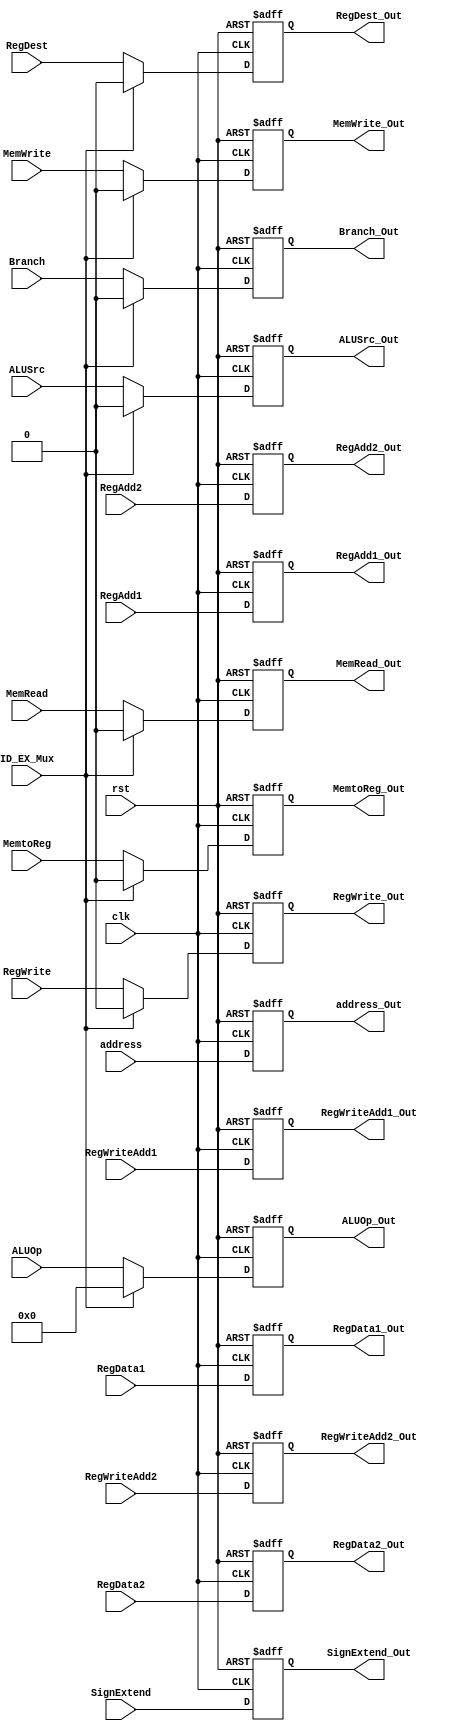
module ID_EX_Reg(input clk, input rst, input ID_EX_Mux,
	input RegWrite, input MemtoReg, 
	input Branch, input MemRead, input MemWrite, 
	input RegDest, input [5:0] ALUOp, input ALUSrc,
	input [31:0] address, input [31:0] RegData1, input [31:0] RegData2, input [31:0] SignExtend, 
	input [4:0] RegWriteAdd1, input [4:0] RegWriteAdd2,
	input [4:0] RegAdd1, input [4:0] RegAdd2,
	output RegWrite_Out, output MemtoReg_Out, 
	output Branch_Out, output MemRead_Out, output MemWrite_Out, 
	output RegDest_Out, output [5:0] ALUOp_Out, output ALUSrc_Out,
	output [31:0] address_Out, output [31:0] RegData1_Out, output [31:0] RegData2_Out, output [31:0] SignExtend_Out, 
	output [4:0] RegWriteAdd1_Out, output [4:0] RegWriteAdd2_Out,
	output [4:0] RegAdd1_Out, output [4:0] RegAdd2_Out);
	
	reg RegWrite_Reg;
	reg MemtoReg_Reg;
	reg Branch_Reg;
	reg MemRead_Reg;
	reg MemWrite_Reg;
	reg RegDest_Reg; 
	reg [5:0] ALUOp_Reg; 
	reg ALUSrc_Reg;
	reg [31:0] address_Reg; 
	reg [31:0] RegData1_Reg; 
	reg [31:0] RegData2_Reg; 
	reg [31:0] SignExtend_Reg; 
	reg [4:0] RegWriteAdd1_Reg; 
	reg [4:0] RegWriteAdd2_Reg;
	reg [4:0] RegAdd1_Reg;
	reg [4:0] RegAdd2_Reg;
	
	assign RegWrite_Out = RegWrite_Reg; 
	assign MemtoReg_Out = MemtoReg_Reg; 
	assign Branch_Out = Branch_Reg; 
	assign MemRead_Out = MemRead_Reg; 
	assign MemWrite_Out = MemWrite_Reg; 
	assign RegDest_Out = RegDest_Reg; 
	assign ALUOp_Out = ALUOp_Reg; 
	assign ALUSrc_Out = ALUSrc_Reg;
	assign address_Out = address_Reg; 
	assign RegData1_Out = RegData1_Reg; 
	assign RegData2_Out = RegData2_Reg; 
	assign SignExtend_Out = SignExtend_Reg; 
	assign RegWriteAdd1_Out = RegWriteAdd1_Reg; 
	assign RegWriteAdd2_Out = RegWriteAdd2_Reg;
	assign RegAdd1_Out = RegAdd1_Reg;
	assign RegAdd2_Out = RegAdd2_Reg;
	
	always@(negedge clk, posedge rst)
	begin
		if(rst)
		begin
			RegWrite_Reg <= 0;
			MemtoReg_Reg <= 0;
			Branch_Reg <= 0;
			MemRead_Reg <= 0;
			MemWrite_Reg <= 0;
			RegDest_Reg <= 0; 
			ALUOp_Reg <= 0; 
			ALUSrc_Reg <= 0;
			address_Reg <= 0; 
			RegData1_Reg <= 0; 
			RegData2_Reg <= 0; 
			SignExtend_Reg <= 0; 
			RegWriteAdd1_Reg <= 0; 
			RegWriteAdd2_Reg <= 0;
			RegAdd1_Reg <= 0;
			RegAdd2_Reg <= 0;
		end
		else
		begin
			RegWrite_Reg 		<= ID_EX_Mux ? 0 : RegWrite;
			MemtoReg_Reg 		<= ID_EX_Mux ? 0 : MemtoReg;
			Branch_Reg 			<= ID_EX_Mux ? 0 : Branch;
			MemRead_Reg 		<= ID_EX_Mux ? 0 : MemRead;
			MemWrite_Reg 		<= ID_EX_Mux ? 0 : MemWrite;
			RegDest_Reg 		<= ID_EX_Mux ? 0 : RegDest; 
			ALUOp_Reg 			<= ID_EX_Mux ? 0 : ALUOp; 
			ALUSrc_Reg 			<= ID_EX_Mux ? 0 : ALUSrc;
			address_Reg 		<= address; 
			RegData1_Reg 		<= RegData1; 
			RegData2_Reg 		<= RegData2; 
			SignExtend_Reg 	<= SignExtend; 
			RegWriteAdd1_Reg 	<= RegWriteAdd1; 
			RegWriteAdd2_Reg 	<= RegWriteAdd2;
			RegAdd1_Reg 		<= RegAdd1;
			RegAdd2_Reg 		<= RegAdd2;
		end
	end
	
endmodule